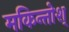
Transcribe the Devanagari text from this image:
मकिन्तोश्